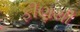
ફીણથી